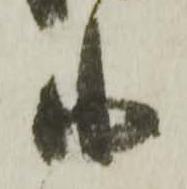
小